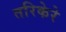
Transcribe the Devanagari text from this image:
तरिकेरे